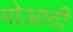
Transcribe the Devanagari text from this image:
मोआदी